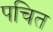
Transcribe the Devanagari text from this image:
पचित